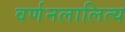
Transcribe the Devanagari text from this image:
वर्णनलालित्य